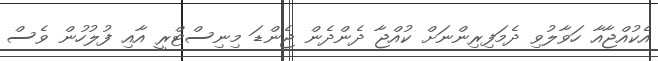
އެކުއްޖާއާ ހަވާލުވި ދެމަފިރިންނަށް ކުއްޖާ ދެންދެން ޖެންޑަ މިނިސްޓްރީ އާއި ފުލުހުން ވެސް